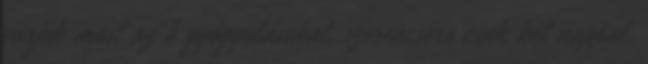
várjuk most az ő gyógyulásukat. szerencsére csak két nappal.